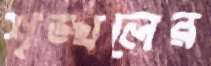
শৃঙ্খলের